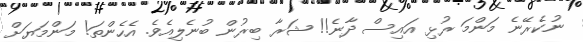
ނުކެރޭނެ މަންމަ ރުޅި އައިސް ދާނެ!! ޝަރާ ބިރުން ބުނެލިއެވެ. އެހެންތަ! މަންމަޔަށް